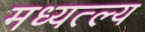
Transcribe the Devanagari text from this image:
मध्यत्ल्य